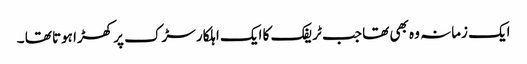
ایک زمانہ وہ بھی تھا جب ٹریفک کا ایک اہلکار سڑک پر کھڑا ہوتا تھا ۔